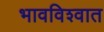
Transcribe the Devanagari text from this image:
भावविश्‍वात